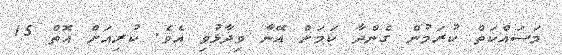
މަސައްކަތް ކުރަމުން ގެންދާ ކަމަށް އޭނާ ވިދާޅުވި އެވެ. ކުރިއަށް އޮތް 15